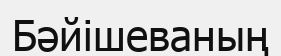
Бәйішеваның